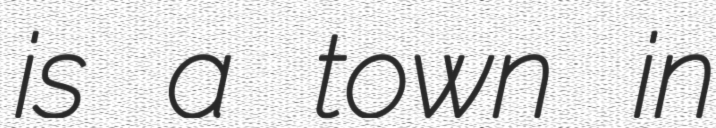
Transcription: is a town in